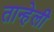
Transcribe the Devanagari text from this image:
तान्हेली